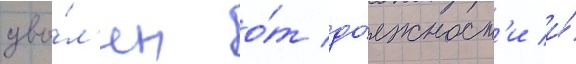
уво́л'ен о́т до́лжност'и и́